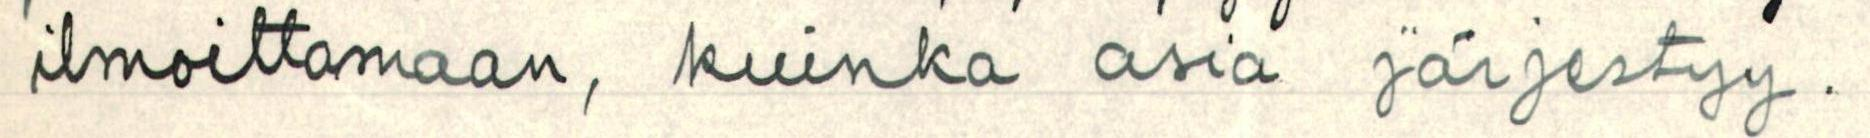
ilmoittamaan, kuinka asia järjestyy.